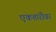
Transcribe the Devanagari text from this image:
एकतारीवर